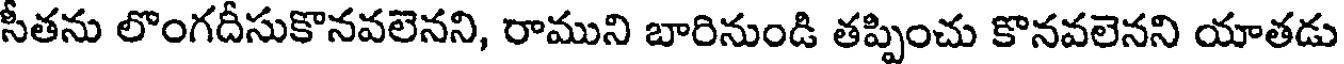
సీతను లొంగదీసుకొనవలెనని, రాముని బారినుండి తప్పించు కొనవలెనని యాతడు